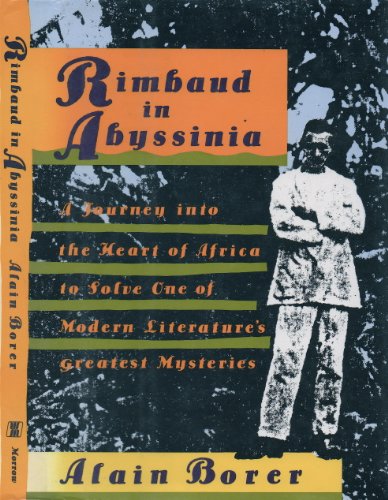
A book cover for Rimbaud in Abyssinia; Alain Borer; Travel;